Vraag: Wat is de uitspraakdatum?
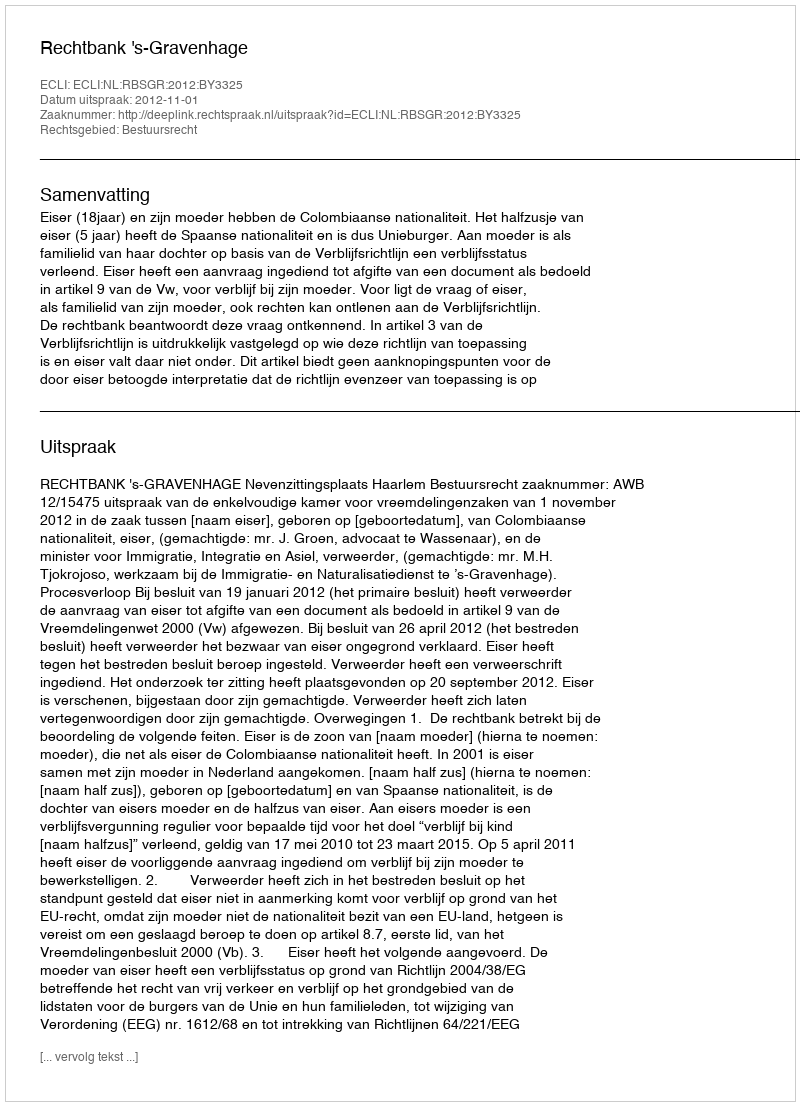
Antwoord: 2012-11-01